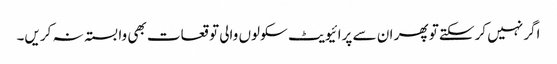
اگر نہیں کرسکتے تو پھر ان سے پرائیویٹ سکولوں والی توقعات بھی وابستہ نہ کریں۔